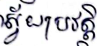
ស្វ័យប្រវត្តិ